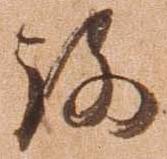
路